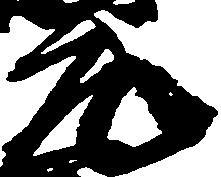
元